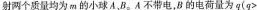
射两个质量均为m的小球A，B。A不带电，B的电荷量为q(q>